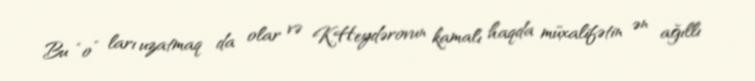
Bu “o” ları uzatmaq da olar və K.Heydərovun kamalı haqda müxalifətin ən ağıllı